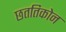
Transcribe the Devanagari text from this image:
छततिकोन